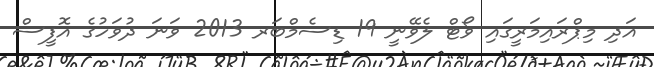
އަދި މިޕްރައިމަރީގައި ވޯޓް ލެވޭނީ 19 ޑިސެމްބަރ 2013 ވަނަ ދުވަހުގެ އޮފީސް